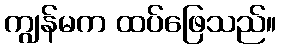
ကျွန်မက ထပ်ဖြေသည်။